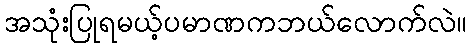
အသုံးပြုရမယ့်ပမာဏကဘယ်လောက်လဲ။